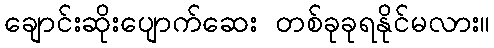
ချောင်းဆိုးပျောက်ဆေး တစ်ခုခုရနိုင်မလား။